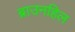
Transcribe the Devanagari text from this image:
ब्राउनहिल